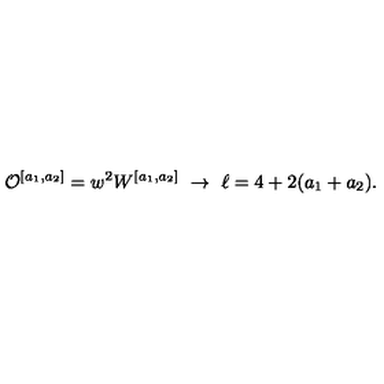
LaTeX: { \cal O } ^ { [ a _ { 1 } , a _ { 2 } ] } = w ^ { 2 } W ^ { [ a _ { 1 } , a _ { 2 } ] } \ \rightarrow \ \ell = 4 + 2 ( a _ { 1 } + a _ { 2 } ) .